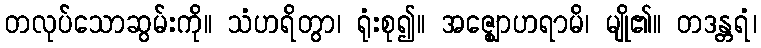
တလုပ်သောဆွမ်းကို။ သံဟရိတွာ၊ ရုံးစု၍။ အဇ္ဈောဟရာမိ၊ မျို၏။ တဒန္တရံ၊